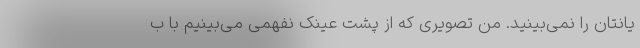
یانتان را نمی‌بینید. من تصویری که از پشت عینک نفهمی می‌بینیم با ب